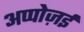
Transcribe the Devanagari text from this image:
अप्पोज़ई